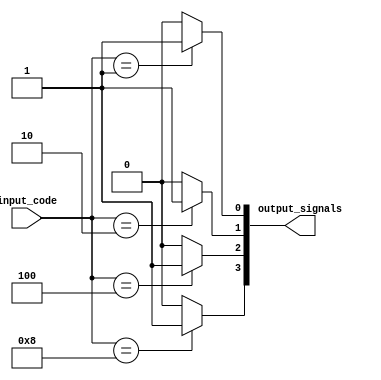
module binary_decoder(
    input [3:0] input_code,
    output [7:0] output_signals
);

    assign output_signals[0] = (input_code == 4'b0001) ? 1'b1 : 1'b0;
    assign output_signals[1] = (input_code == 4'b0010) ? 1'b1 : 1'b0;
    assign output_signals[2] = (input_code == 4'b0100) ? 1'b1 : 1'b0;
    assign output_signals[3] = (input_code == 4'b1000) ? 1'b1 : 1'b0;

endmodule